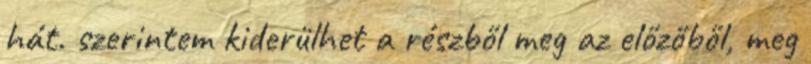
hát. szerintem kiderülhet a részből meg az előzőből, meg